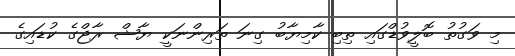
މި ވަގުތު ބޮލީވުޑްގައި ތިބި ކާމިޔާބު ގިނަ ތަރިންނަކީ ޔާޝް ރާޖްގެ ކުޑައިގެ